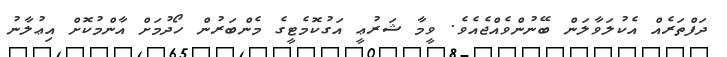
ދަފްތަރެއް އެކުލަވާލަން ބޭނުންވެއްޖެއެވެ. ވީމާ ޝަރުޢީ އަގުކޮމެޓީގެ މެންބަރުން ހޯދުމަށް އާންމުކޮށް އިޢުލާނު